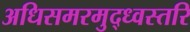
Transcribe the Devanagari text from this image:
अधिसमरमुद्ध्वस्तरि